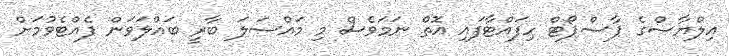
އިލްޔާސްގެ ޕާސްޕޯޓް ހިފައްޓާފައި އޮތް ނަމަވެސް މި މައްސަލަ ބާރީ ބައްލަވަން ފެއްޓެވުމަށް